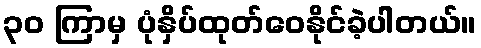
၃၀ ကြာမှ ပုံနှိပ်ထုတ်ဝေနိုင်ခဲ့ပါတယ်။